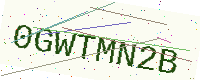
Text: 0GWTMN2B